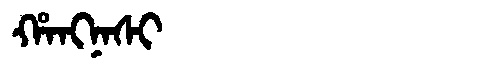
Manchu: ᡥᠠᠩᠨᠠᠰᡳ
Romanization: HANGNASI